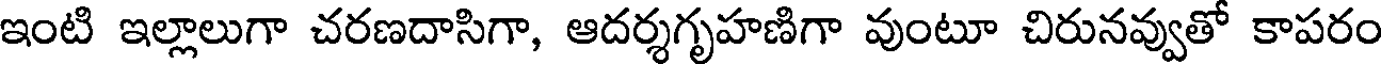
ఇంటి ఇల్లాలుగా చరణదాసిగా, ఆదర్శగృహణిగా వుంటూ చిరునవ్వుతో కాపరం